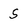
Character: 5